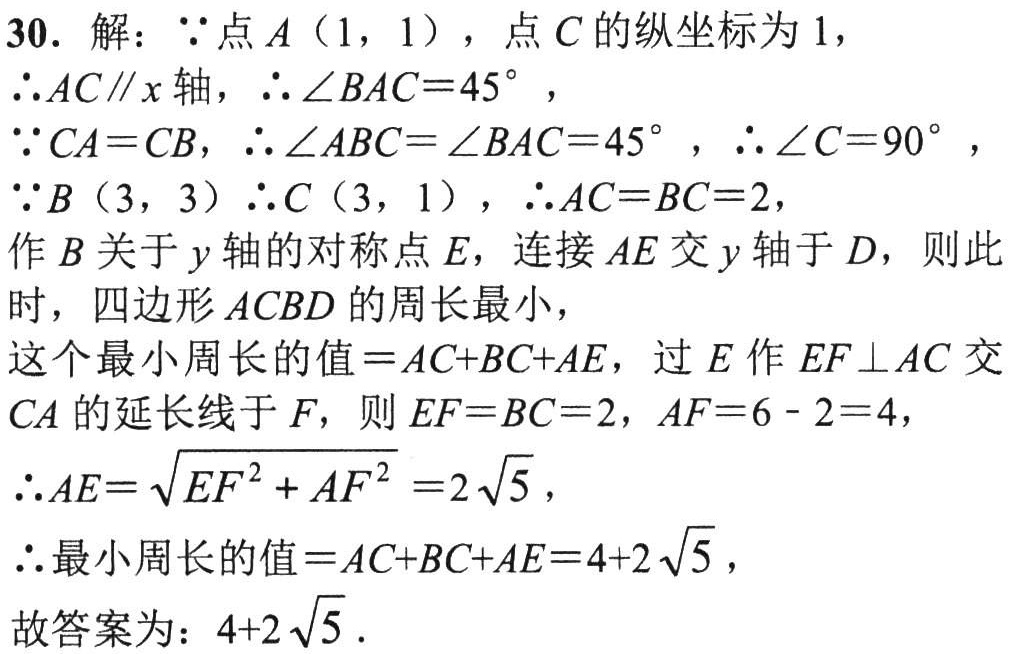
30. 解：\(\because\) 点 \(A(1,1)\)，点 \(C\) 的纵坐标为 \(1\)，
\(\therefore AC\parallel x\) 轴，\(\therefore \angle BAC = 45^{\circ}\)，
\(\because CA = CB\)，\(\therefore \angle ABC=\angle BAC = 45^{\circ}\)，\(\therefore \angle C = 90^{\circ}\)，
\(\because B(3,3)\) \(\therefore C(3,1)\)，\(\therefore AC = BC = 2\)，
作 \(B\) 关于 \(y\) 轴的对称点 \(E\)，连接 \(AE\) 交 \(y\) 轴于 \(D\)，则此
时，四边形 \(ACBD\) 的周长最小，
这个最小周长的值 \(=AC + BC+AE\)，过 \(E\) 作 \(EF\perp AC\) 交
\(CA\) 的延长线于 \(F\)，则 \(EF = BC = 2\)，\(AF = 6 - 2 = 4\)，
\(\therefore AE=\sqrt{EF^{2}+AF^{2}} = 2\sqrt{5}\)，
\(\therefore\) 最小周长的值 \(=AC + BC+AE = 4 + 2\sqrt{5}\)，
故答案为：\(4 + 2\sqrt{5}\).